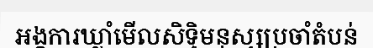
អង្គការឃ្លាំមើលសិទ្ធិមនុស្សប្រចាំតំបន់